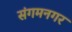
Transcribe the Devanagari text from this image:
संगमनगर